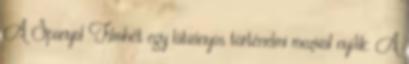
A Spanyol Filmhét egy látványos történelmi mozival nyílik: A